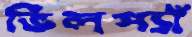
ভিলপ্যাঁ